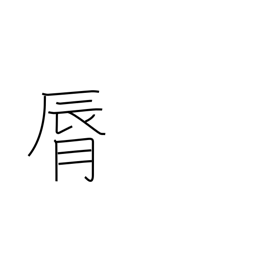
Meaning: lip